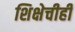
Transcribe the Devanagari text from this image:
शिक्षेचीही